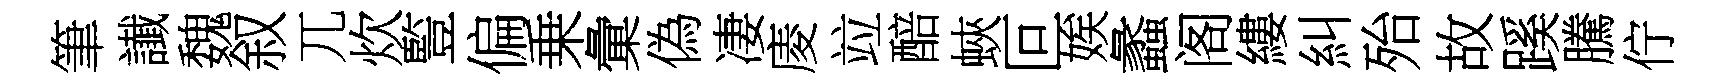
筆䜟魏叙兀炊䜿偏乗彙偽凄庱竝醅蛺叵娭蠡阁縷糾殆故蹊騰佇